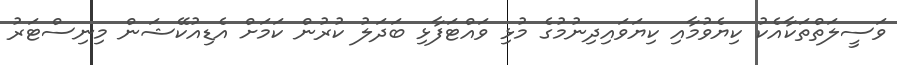
ވަސީލަތްތަކާއެކު ކިޔެވުމާއި ކިޔަވައިދިނުމުގެ މުޅި ވައްޓަފާޅި ބަދަލު ކުރުން ކަމަށް އެޑިއުކޭޝަން މިނިސްޓަރު